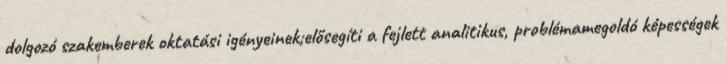
dolgozó szakemberek oktatási igényeinek;elősegíti a fejlett analitikus, problémamegoldó képességek